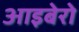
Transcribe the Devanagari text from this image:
आइबेरो